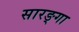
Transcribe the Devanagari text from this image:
सारङ्गा